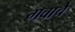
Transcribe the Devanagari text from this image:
गवाचे